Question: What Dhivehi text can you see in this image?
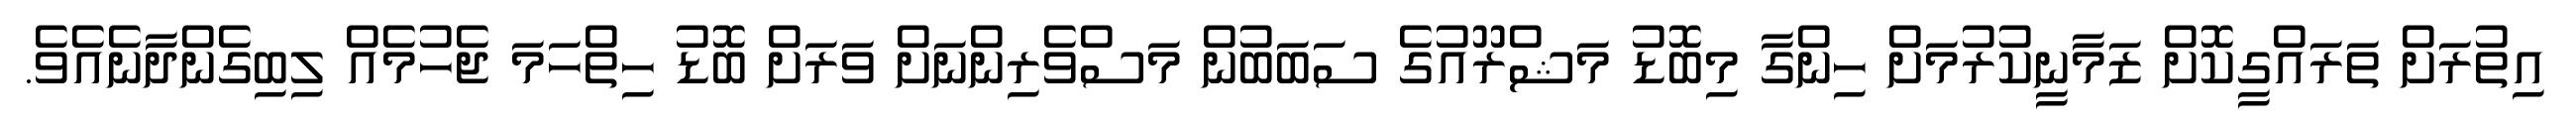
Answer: އިތުރަށް ތަރައްގީކޮށް ޒަމާނީކުރުމަށް ހިންގާ މިބޮޑު މަޝްރޫއުގެ ސަބަބުން މަސްވެރިންނަށް ވަރަށް ބޮޑު ހިތްހަމަ ޖެހުމެއް ލިބިގެންދާނެއެވެ.